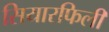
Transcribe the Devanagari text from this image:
सियारफिली